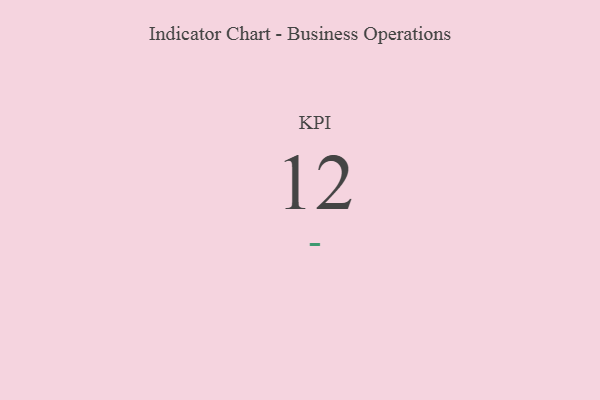
{"axis": {"x": "KPI", "y": "Value"}, "legend": [""], "data": [{"x": "KPI", "y": 12, "type": ""}]}